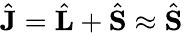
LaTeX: \hat{\mathbf{J}}=\hat{\mathbf{L}}+\hat{\mathbf{S}}\approx\hat{\mathbf{S}}